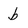
Character: b